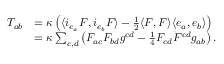
\begin{array} { r l } { T _ { a b } } & { = \kappa \left( \langle i _ { e _ { a } } F , i _ { e _ { b } } F \rangle - \frac { 1 } { 2 } \langle F , F \rangle \langle e _ { a } , e _ { b } \rangle \right) } \\ & { = \kappa \sum _ { c , d } \left( F _ { a c } F _ { b d } g ^ { c d } - \frac { 1 } { 4 } F _ { c d } F ^ { c d } g _ { a b } \right) . } \end{array}